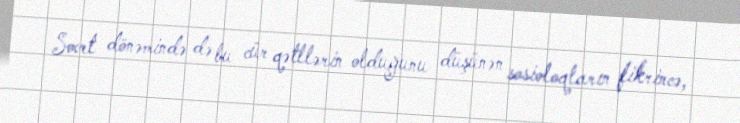
Sovet dönəmində də bu cür qətllərin olduğunu düşünən sosioloqların fikrincə,